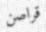
قراصن